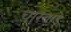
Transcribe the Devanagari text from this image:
चारबाड़